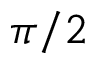
\pi / 2